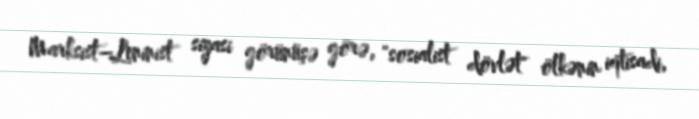
Marksist–Leninist siyasi görünüşə görə, "sosialist dövlət" ölkənin iqtisadi,